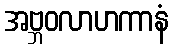
အဗ္ဘဝလာဟကာနံ